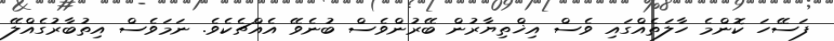
ފަސޭހަ ކޮންމެ ހާލަތެއްގައި ވެސް އިޚްތިޔާރުން ބޭރުންވެސް ބުނެވޭ އެއްޗެކެވެ. ނަމަވެސް އިތުބާރުގެއްލޭ